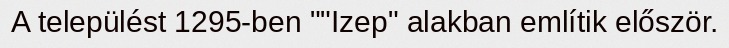
A települést 1295-ben ""Izep" alakban említik először.